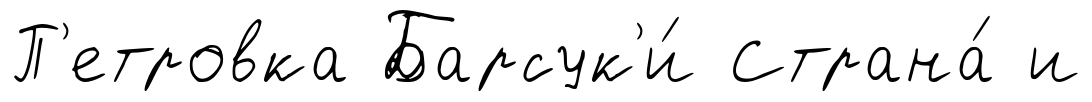
П'етровка Барсук'и́ Страна́ и